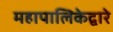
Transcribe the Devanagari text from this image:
महापालिकेद्वारे